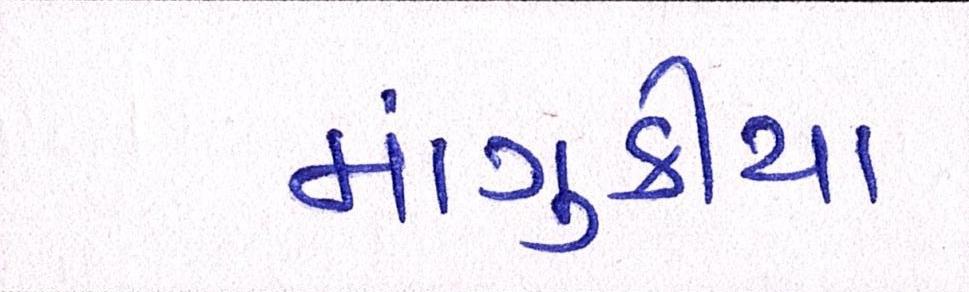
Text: માંગુકીયા